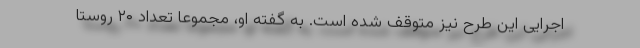
اجرایی این طرح نیز متوقف شده است. به گفته او، مجموعا تعداد ۲۰ روستا